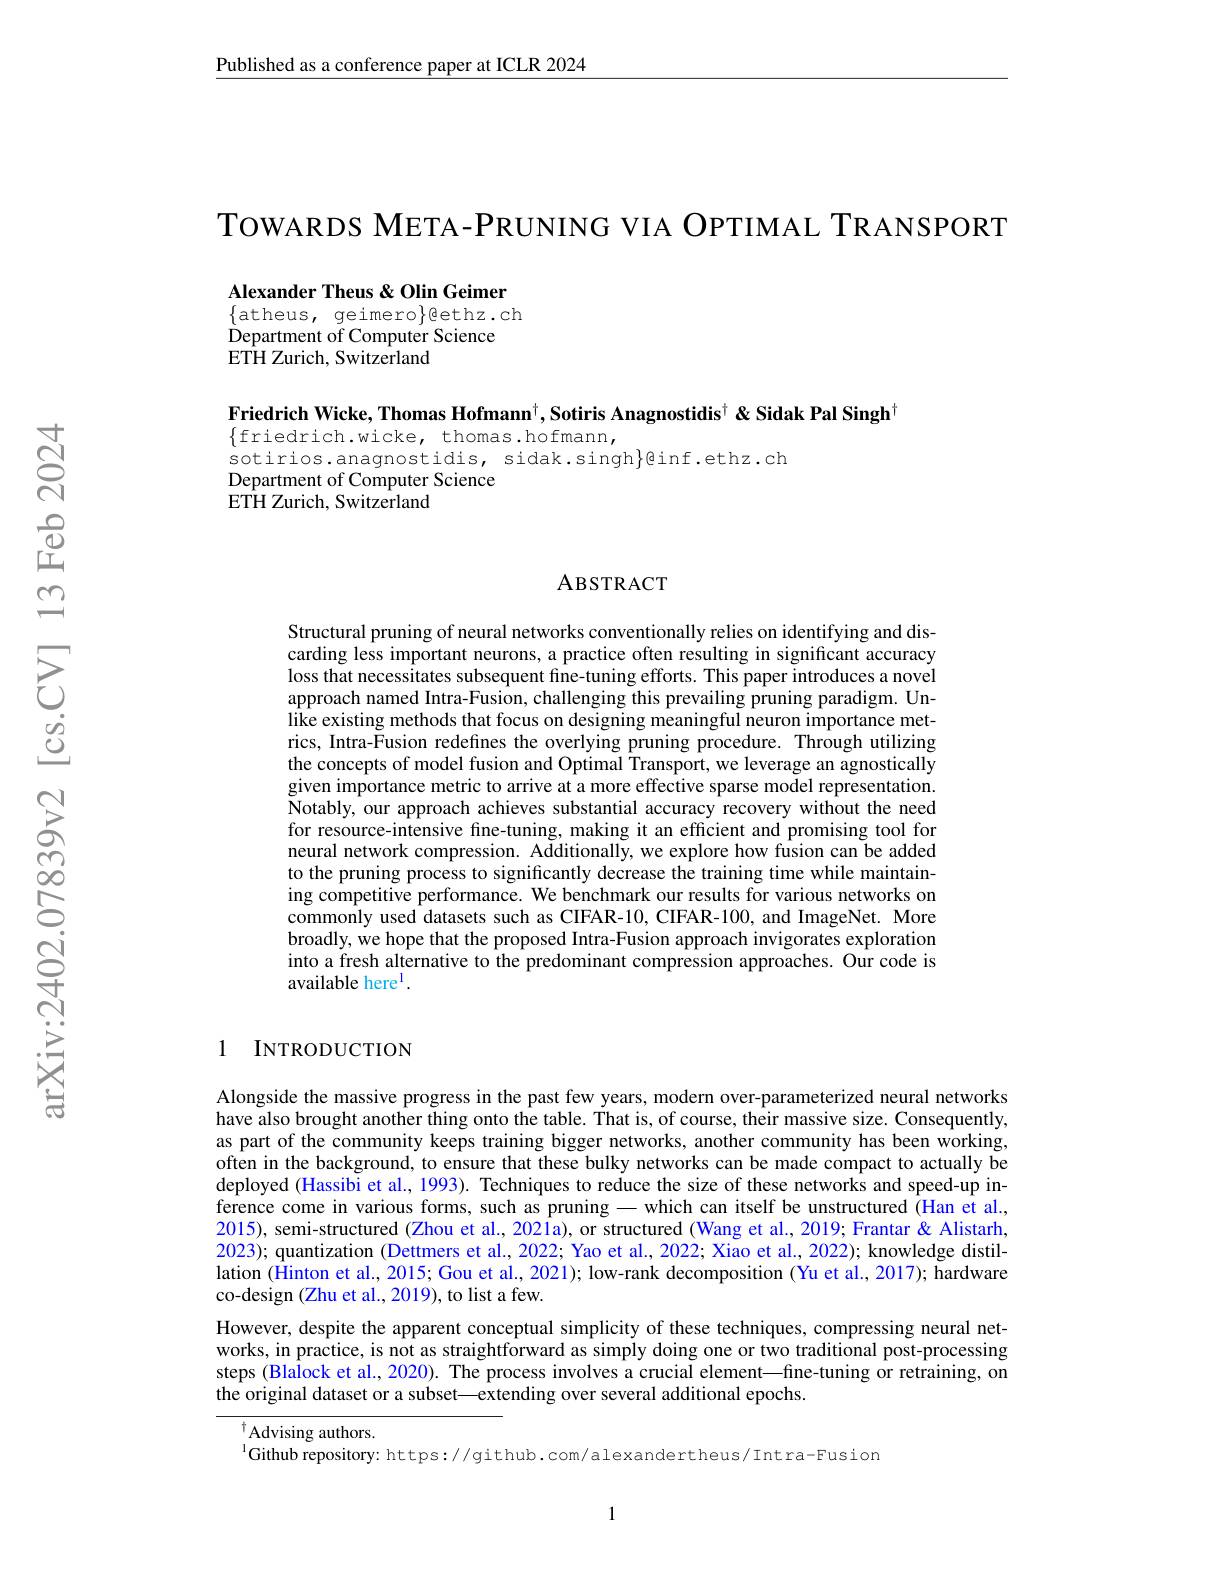
Published as a conference paper at ICLR 2024

TOWARDS META-PRUNING VIA OPTIMAL TRANSPORT

Alexander Theus & Olin Geimer $\{$atheus, geimero$\}$ethz.ch Department of Computer Science
$\hat{\mathrm{ETH~Zurich,~Switzerland}}$

Friedrich Wicke, Thomas Hofmann$^\dagger,\textbf{Sotiris Anagnostidis}^\dagger\&$ Sidak Pal Singh$^\dagger$
$\{$friedrich.wicke, thomas.hofmann,
sotirios.anagnostidis, sidak.singh}@inf.ethz.ch
Department of Computer Science
$\bar{\mathrm{ETH~Zurich,~Switzerland}}$

### ABSTRACT

Structural pruning of neural networks conventionally relies on identifying and discarding less important neurons, a practice often resulting in significant accuracy loss that necessitates subsequent fine-tuning efforts. This paper introduces a novel approach named Intra-Fusion, challenging this prevailing pruning paradigm. Unlike existing methods that focus on designing meaningful neuron importance metrics, Intra-Fusion redefines the overlying pruning procedure. Through utilizing the concepts of model fusion and Optimal Transport, we leverage an agnostically given importance metric to arrive at a more effective sparse model representation. Notably, our approach achieves substantial accuracy recovery without the need for resource-intensive fine-tuning, making it an efficient and promising tool for neural network compression. Additionally, we explore how fusion can be added to the pruning process to significantly decrease the training time while maintaining competitive performance. We benchmark our results for various networks on commonly used datasets such as CIFAR-10, CIFAR-100, and ImageNet. More broadly, we hope that the proposed Intra-Fusion approach invigorates exploration into a fresh alternative to the predominant compression approaches. Our code is available here$^{\mathrm{l}}.$

## 1 INTRODUCTION

Alongside the massive progress in the past few years, modern over-parameterized neural networks have also brought another thing onto the table. That is, of course, their massive size. Consequently, as part of the community keeps training bigger networks, another community has been working, often in the background, to ensure that these bulky networks can be made compact to actually be deployed (Hassibi et al., 1993). Techniques to reduce the size of these networks and speed-up inference come in various forms, such as pruning -which can itself be unstructured (Han et al., 2015), semi-structured (Zhou et al., 202la), or structured (Wang et al., 2019; Frantar & Alistarh, 2023); quantization (Dettmers et al., 2022; Yao et al., 2022; Xiao et al., 2022); knowledge distillation (Hinton et al., 2015; Gou et al., 2021); low-rank decomposition (Yu et al., 2017); hardware co-design (Zhu et al., 2019), to list a few.
However, despite the apparent conceptual simplicity of these techniques, compressing neural networks, in practice, is not as straightforward as simply doing one or two traditional post-processing steps (Blalock et al., 2020). The process involves a crucial element—fine-tuning or retraining, on the original dataset or a subset—extending over several additional epochs.

$^{\dagger}$Advising authors.
$^{\mathrm{l}}$Github repository: https://github.com/alexandertheus/Intra-Fusion

1